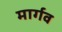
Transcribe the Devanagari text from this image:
मार्गव